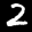
Label: 2